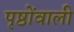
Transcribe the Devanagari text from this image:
पृष्ठोंवाली